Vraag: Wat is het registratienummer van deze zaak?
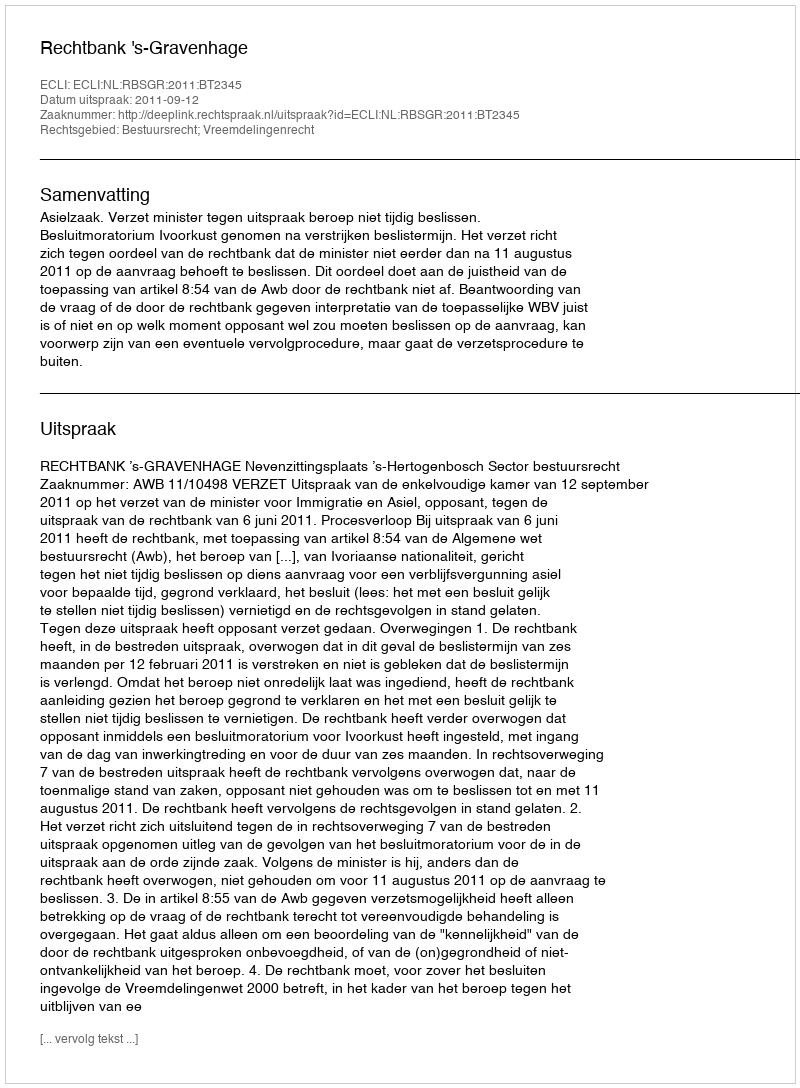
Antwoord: http://deeplink.rechtspraak.nl/uitspraak?id=ECLI:NL:RBSGR:2011:BT2345